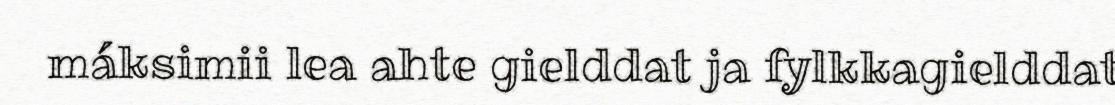
máksimii lea ahte gielddat ja fylkkagielddat